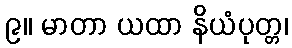
၉။ မာတာ ယထာ နိယံပုတ္တ၊